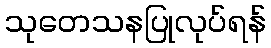
သုတေသနပြုလုပ်ရန်